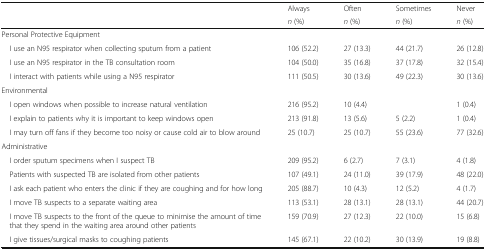
| <ROWSPAN=2>  | Always | Often | Sometimes | Never |
 | n (%) | n (%) | n (%) | n (%) |
 | --- | --- | --- | --- | --- |
 | <COLSPAN=5> Personal Protective Equipment |
 | I use an N95 respirator when collecting sputum from a patient | 106 (52.2) | 27 (13.3) | 44 (21.7) | 26 (12.8) |
 | I use an N95 respirator in the TB consultation room | 104 (50.0) | 35 (16.8) | 37 (17.8) | 32 (15.4) |
 | I interact with patients while using a N95 respirator | 111 (50.5) | 30 (13.6) | 49 (22.3) | 30 (13.6) |
 | <COLSPAN=5> Environmental |
 | I open windows when possible to increase natural ventilation | 216 (95.2) | 10 (4.4) |  | 1 (0.4) |
 | I explain to patients why it is important to keep windows open | 213 (91.8) | 13 (5.6) | 5 (2.2) | 1 (0.4) |
 | I may turn off fans if they become too noisy or cause cold air to blow around | 25 (10.7) | 25 (10.7) | 55 (23.6) | 77 (32.6) |
 | <COLSPAN=5> Administrative |
 | I order sputum specimens when I suspect TB | 209 (95.2) | 6 (2.7) | 7 (3.1) | 4 (1.8) |
 | Patients with suspected TB are isolated from other patients | 107 (49.1) | 24 (11.0) | 39 (17.9) | 48 (22.0) |
 | I ask each patient who enters the clinic if they are coughing and for how long | 205 (88.7) | 10 (4.3) | 12 (5.2) | 4 (1.7) |
 | I move TB suspects to a separate waiting area | 113 (53.1) | 28 (13.1) | 28 (13.1) | 44 (20.7) |
 | I move TB suspects to the front of the queue to minimise the amount of time that they spend in the waiting area around other patients | 159 (70.9) | 27 (12.3) | 22 (10.0) | 15 (6.8) |
 | I give tissues/surgical masks to coughing patients | 145 (67.1) | 22 (10.2) | 30 (13.9) | 19 (8.8) |